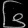
Digit: ၆